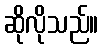
ဆိုလိုသည်။